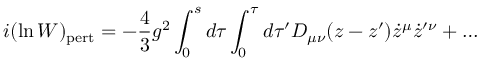
i ( \ln W ) _ { \mathrm { p e r t } } = - { \frac { 4 } { 3 } } g ^ { 2 } \int _ { 0 } ^ { s } d \tau \int _ { 0 } ^ { \tau } d \tau ^ { \prime } D _ { \mu \nu } ( z - z ^ { \prime } ) \dot { z } ^ { \mu } \dot { z } ^ { \prime \nu } + \dots